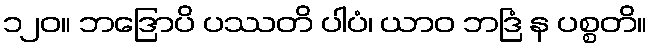
၁၂၀။ ဘဒြောပိ ပဿတိ ပါပံ၊ ယာဝ ဘဒြံ န ပစ္စတိ။